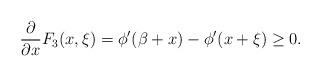
LaTeX: \begin{align*}\frac{\partial}{\partial x} F_3(x,\xi)=\phi'(\beta+x)-\phi'(x+\xi)\geq 0.\end{align*}